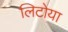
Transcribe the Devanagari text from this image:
लिटोया